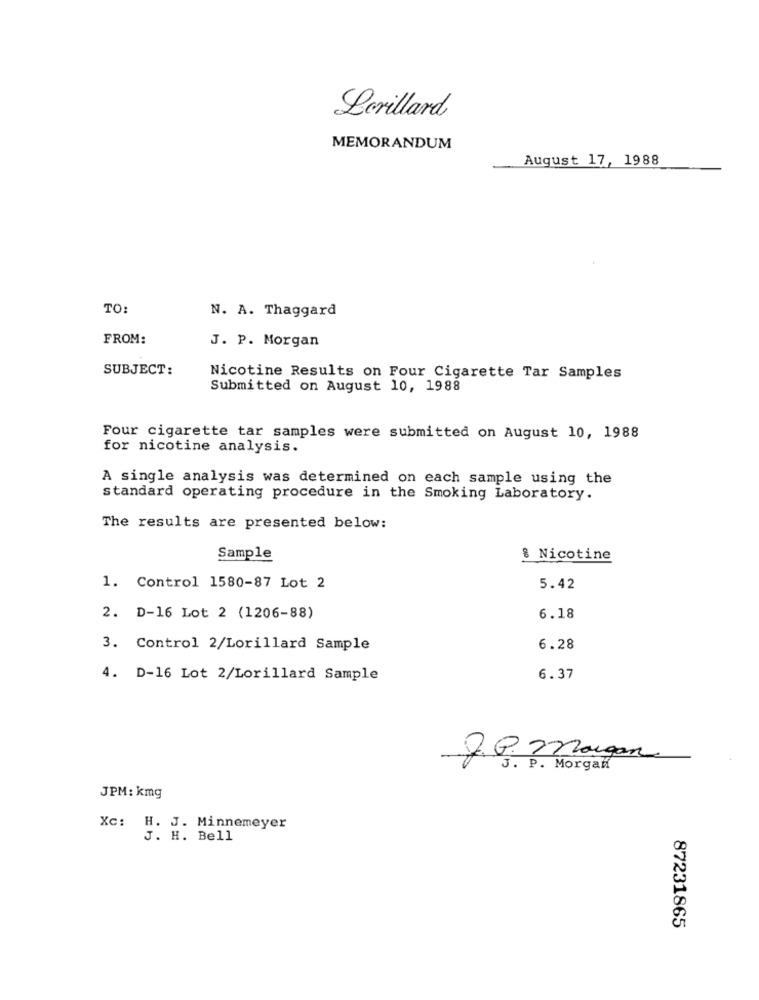
Lorillard
MEMORANDUM
August 17, 1988
TO:
N. A. Thaggard
FROM:
J. P. Morgan
SUBJECT:
Nicotine Results on Four Cigarette Tar Samples
Submitted on August 10, 1988
Four cigarette tar samples were submitted on August 10, 1988
for nicotine analysis.
A single analysis was determined on each sample using the
standard operating procedure in the Smoking Laboratory.
The results are presented below:
Sample
& Nicotine
1. Control 1580-87 Lot 2
5.42
2. D-16 Lot 2 (1206-88)
6.18
3. Control 2/Lorillard Sample
6.28
4. D-16 Lot 2/Lorillard Sample
6.37
J.P. Morgan
3. P. Morgan
JPM: kmg
Xc: H. J. Minnemeyer
J. H. Bell
87231865